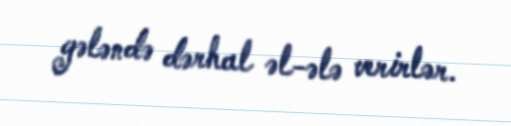
gələndə dərhal əl-ələ verirlər.